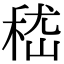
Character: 嵇